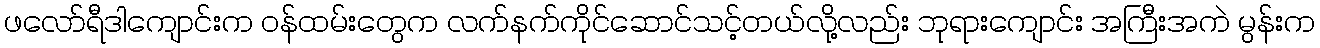
ဖလော်ရီဒါကျောင်းက ဝန်ထမ်းတွေက လက်နက်ကိုင်ဆောင်သင့်တယ်လို့လည်း ဘုရားကျောင်း အကြီးအကဲ မွန်းက